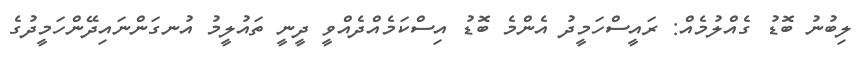
ލިބުނު ބޮޑު ގެއްލުމެއް: ރައީސްހަމީދު އެންމެ ބޮޑު އިސްކަމެއްދެއްވީ ދީނީ ތައުލީމު އުނގަންނައިދޭންހަމީދުގެ